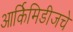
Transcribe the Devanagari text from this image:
आर्किमिडीजचे